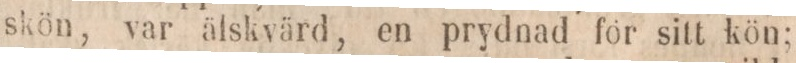
skön, var älskvärd, en prydnad för sitt kön;